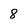
Character: 8